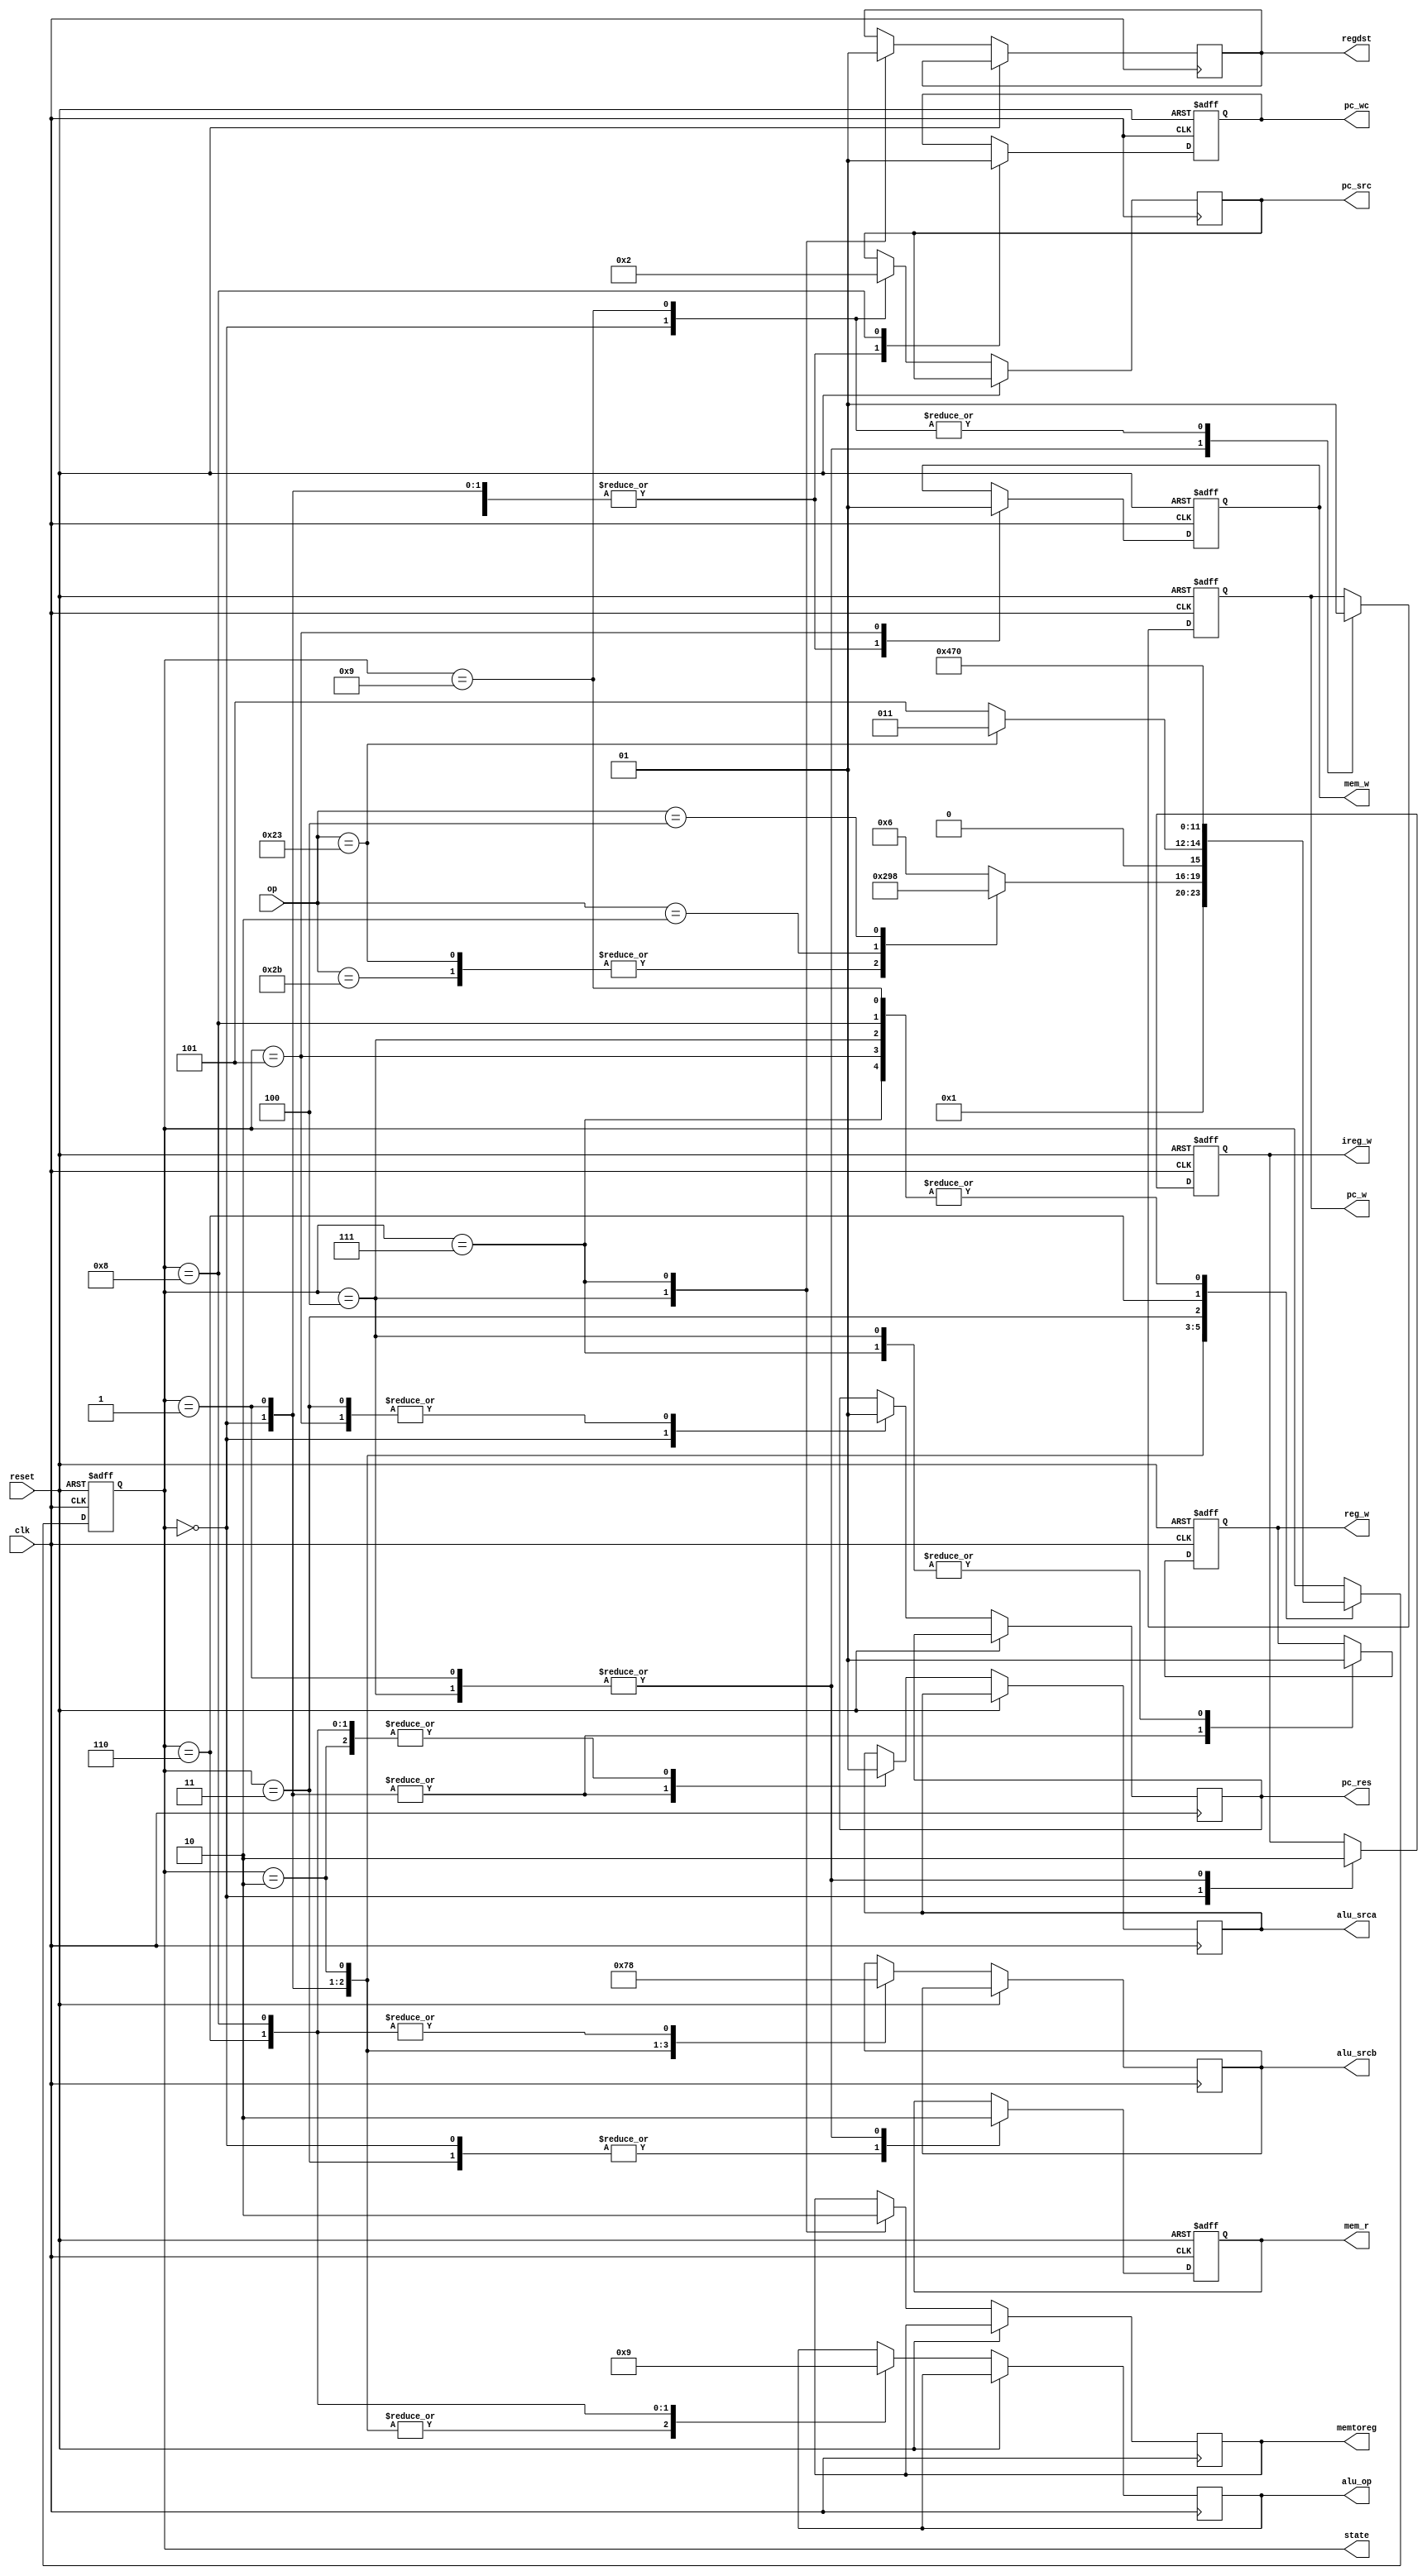
module Control(
clk,reset,
op,
pc_res,pc_w,pc_wc,pc_src,
mem_r,mem_w,ireg_w,regdst,reg_w,memtoreg,
alu_srca,alu_srcb,alu_op,state
    );
input clk;
input reset;
input [5:0]op;	 
output reg pc_res,pc_w,pc_wc;
output reg [1:0]pc_src;

output reg mem_r,mem_w,ireg_w,regdst,reg_w,memtoreg;

output reg alu_srca;
output reg [1:0]alu_srcb,alu_op;

output reg [3:0]state;

parameter IF=4'b0000,ID=4'b0001,
EX_I=4'b0010,
MEM_R=4'b0011,MEMtoREG=4'b0100,
MEM_W=4'b0101,

EX_R=4'b0110,
ALUtoREG=4'b0111,

EX_B=4'b1000,EX_J=4'b1001;

always @(negedge clk or posedge reset)
if (reset==1)
begin
	state=IF;
	reg_w=1'b0;
	mem_r=1'b0;
	mem_w=1'b0;
	ireg_w=1'b0;
	pc_w=1'b0;
	pc_wc=1'b0;
end
else
begin
	case(state)
	IF:
	begin
	   pc_res=1'b0;
		mem_r=1'b1;
		ireg_w=1'b1;
		alu_srca=1'b0;
		alu_srcb=2'b01;
		alu_op=2'b00;
		pc_src=2'b00;
		pc_w=1'b1;
		state=ID;
		
		reg_w=1'b0;
		mem_w=1'b0;
		pc_wc=1'b0;
	end
	ID:
	begin
	  case(op[5:0])
			6'b000000:
			state=EX_R;
			6'b100011:
			state=EX_I;
			6'b101011:
			state=EX_I;
			6'b000010:
			state=EX_J;
			6'b000100:
			state=EX_B;
			default:state=EX_R;
		endcase
	   alu_srca=1'b0;
		alu_srcb=2'b11;
		alu_op=2'b00;
		
		reg_w=1'b0;
		mem_r=1'b0;
		mem_w=1'b0;
		ireg_w=1'b0;
		pc_w=1'b0;
		pc_wc=1'b0;
	end
	EX_I:
	begin
		alu_srca=1'b1;
		alu_srcb=2'b10;
		alu_op=2'b00;
		if(op[5:0]==6'b100011)
		state=MEM_R;
		else
		state=MEM_W;
	end
	MEM_R:
	begin
		pc_res=1'b1;
		mem_r=1'b1;
		state=MEMtoREG;
	end
	MEMtoREG:
	begin
	   memtoreg=1'b1;
		regdst=1'b0;
		reg_w=1'b1;
		state=IF;
		
		mem_r=1'b0;
		mem_w=1'b0;
		ireg_w=1'b0;
		pc_w=1'b0;
		pc_wc=1'b0;
	end
	MEM_W:
	begin
	   pc_res=1'b1;
		mem_w=1'b1;
		state=IF;
	end
	EX_R:
	begin
	   alu_srca=1'b1;
		alu_srcb=2'b00;
		alu_op=2'b10;
	   state=ALUtoREG;
	end
	ALUtoREG:
	begin
	   memtoreg=1'b0;
		regdst=1'b1;
		reg_w=1'b1;
		state=IF;
	end
	EX_B:
	begin
	   alu_srca=1'b1;
		alu_srcb=2'b00;
		alu_op=2'b01;
		pc_wc=1'b1;
		state=IF;
	end
	EX_J:
	begin
	   pc_src=2'b10;
		pc_w=1'b1;
	   state=IF;
	end
	endcase
end
endmodule